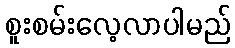
စူးစမ်းလေ့လာပါမည်